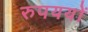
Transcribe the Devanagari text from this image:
रुपययों